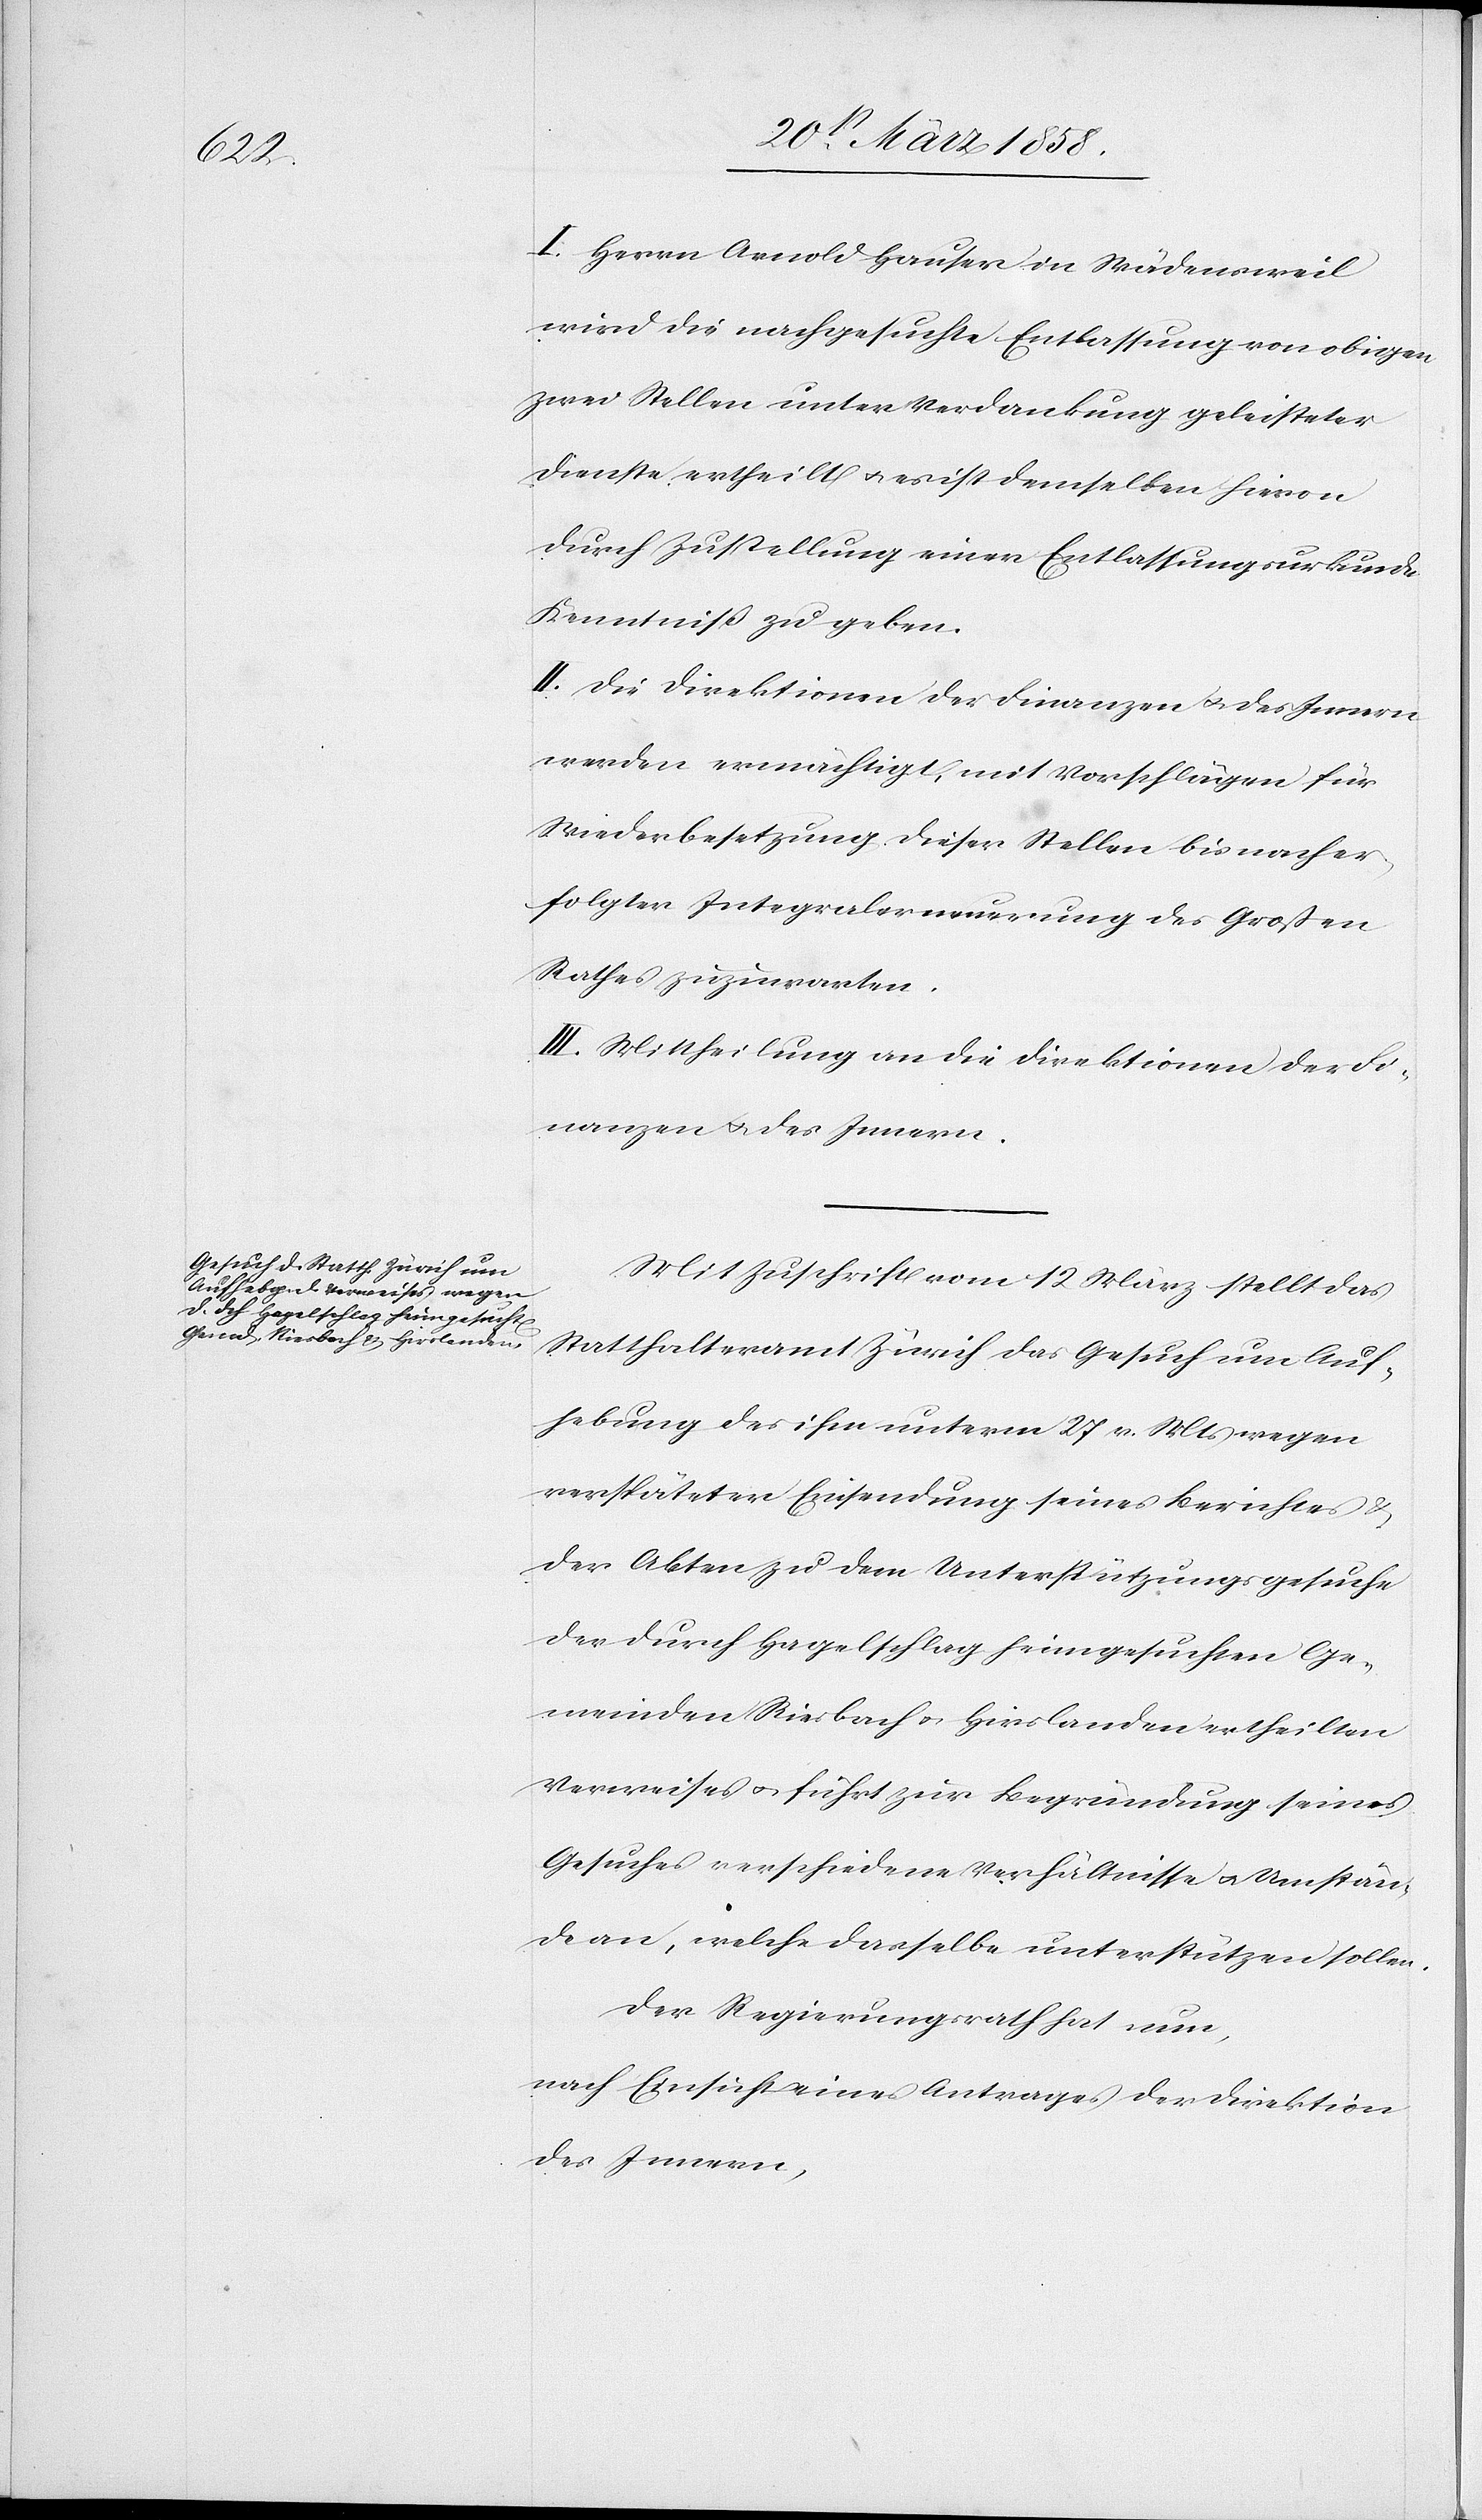
I. Herrn Arnold Hauser in Wädensweil
wird die nachgesuchte Entlassung von obigen
zwei Stellen unter Verdankung geleisteter
Dienste ertheilt u. es ist demselben hievon
durch Zustellung einer Entlassungsurkunde
Kenntniß zu geben.
II. Die Direktion der Finanzen u. des Innern
werden ermächtigt, mit Vorschlägen für
Wiederbesetzung dieser Stellen bis nach er¬
folgter Integralerneuerung des Großen
Rathes zuzuwarten.
III. Mittheilung an die Direktion der Fi¬
nanzen u. des Innern.
Mit Zuschrift vom 12. März stellt das
Statthalteramt Zürich das Gesuch um Auf¬
hebung des ihm unterm 27. v. Mts. wegen
verspäteter Einsendung seines Berichtes u.
der Akten zu dem Unterstützungsgesuche
der durch Hagelschlag heimgesuchten Ge¬
meinden Riesbach u. Hirslanden ertheilten
Verweises u. führt zur Begründung seines
Gesuches verschiedene Verhältnisse u. Umstän¬
de an, welche dasselbe unterstützen solle.
Der Regierungsrath hat nun,
nach Einsicht eines Antrages der Direktion
des Innern,